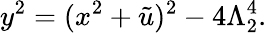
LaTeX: y^{2}=(x^{2}+\tilde{u})^{2}-4\Lambda_{2}^{4}.